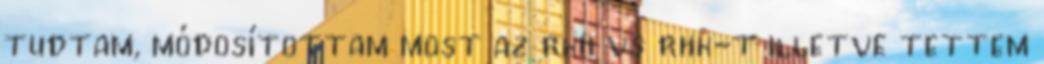
tudtam, módosítottam most az rkh vs rhk-t illetve tettem